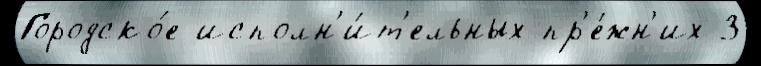
Городско́е исполн'и́т'ельных пр'е́жн'их 3